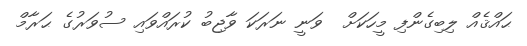
ޙައްޤެއް ލިބިގެންފި މީހަކަށް  ވަނީ ނަރަކަ ވާޖިބު ކުރައްވައި ސުވަރުގެ ޙަރާމް